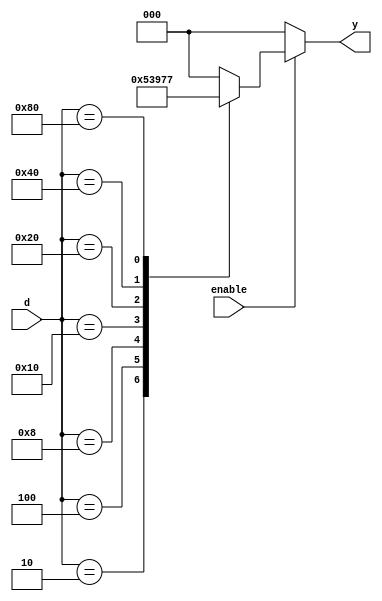

module encoder_8to3(
    input [7:0] d,
    input enable,
    output reg [2:0] y
    );
 
    always @(*) begin
        if (enable == 0)
           y = 8'b0;
        else begin
            case (d)   //case statement. Check all the 8 valid combinations
                8'b00000001 : y = 3'd0; // 8 out of 256 combinations used
                8'b00000010 : y = 3'd1;
                8'b00000100 : y = 3'd2;
                8'b00001000 : y = 3'd3;
                8'b00010000 : y = 3'd4;
                8'b00100000 : y = 3'd5;
                8'b01000000 : y = 3'd6;
                8'b10000000 : y = 3'd7;
                //PRO Tip: create a default value for output to prevent latch creation
                //You should always use a default even if all the combinations are covered (full case)
                default : y = 3'd0; 
            endcase
        end
    end
  
endmodule